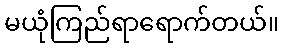
မယုံကြည်ရာရောက်တယ်။